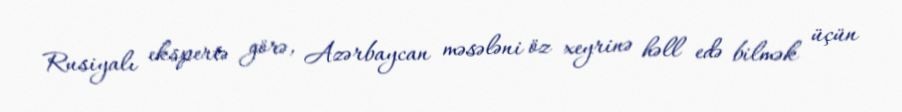
Rusiyalı ekspertə görə, Azərbaycan məsələni öz xeyrinə həll edə bilmək üçün